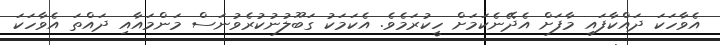
އެވާހަކަ ދައްކާފައި މާފަށް އެދޭނެކަމަށް ހީކުރަމެވެ. އެކަމަކު ގަބޫލުނުކުރެވުނަސް މަންމައާއި ދައްތަ އެވާހަކަ